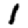
Digit: 1